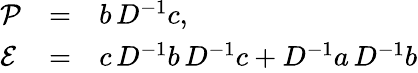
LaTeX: \begin{array}{lll}{{{\cal P}}}&{{=}}&{{b\, D^{-1}c,}}\\ {{{\cal E}}}&{{=}}&{{c\, D^{-1}b\, D^{-1}c+D^{-1}a\, D^{-1}b}}\end{array}